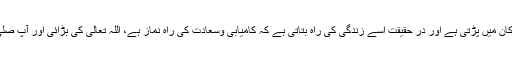
یہ سب سے پہلی صدا ہے جو اس کے کان میں پڑتی ہے اور در حقیقت اْسے زندگی کی راہ بتاتی ہے کہ کامیابی وسعادت کی راہ نماز ہے، اللہ تعالیٰ کی بڑائی اور آپ صلى الله عليه وسلم کی نبوت پر گواہی ہے۔